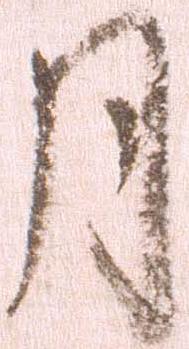
月